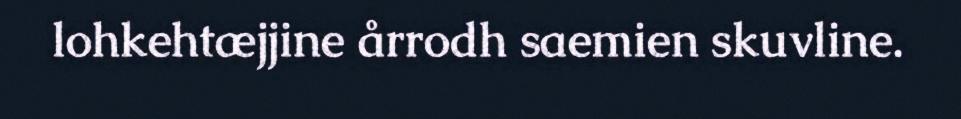
lohkehtæjjine årrodh saemien skuvline.